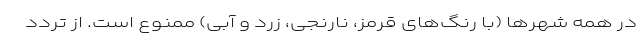
در همه شهرها (با رنگ‌های قرمز، نارنجی، زرد و آبی) ممنوع است. از تردد